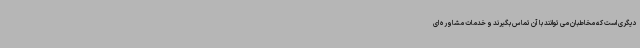
دیگری است که مخاطبان می توانند با آن تماس بگیرند و خدمات مشاوره ای